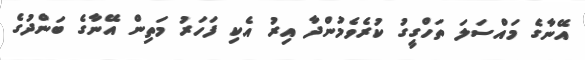
އޭނާގެ މައްސަލަ ތަހްގީގު ކުރެވެމުންދާ އިރު އެކި ފަހަރު މަތިން އޭނާގެ ބަންދުގެ